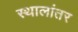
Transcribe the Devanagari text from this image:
स्थालांतर